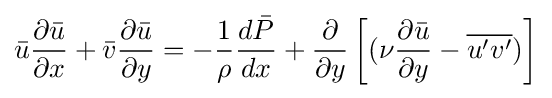
{\bar {u}}{\frac {\partial {\bar {u}}}{\partial x}}+{\bar {v}}{\frac {\partial {\bar {u}}}{\partial y}}=-{\frac {1}{\rho }}{\frac {d{\bar {P}}}{dx}}+{\frac {\partial }{\partial y}}\left[(\nu {\frac {\partial {\bar {u}}}{\partial y}}-{\overline {u'v'}})\right]